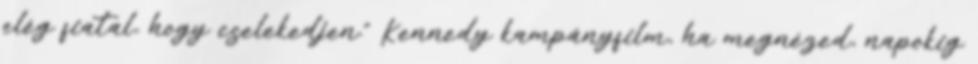
elég fiatal, hogy cselekedjen." Kennedy kampányfilm, ha megnézed, napokig